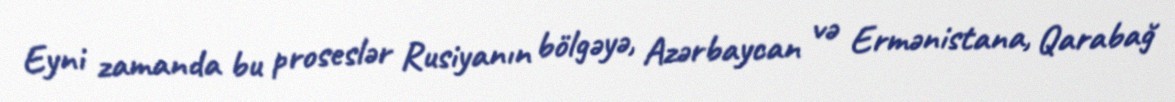
Eyni zamanda bu proseslər Rusiyanın bölgəyə, Azərbaycan və Ermənistana, Qarabağ